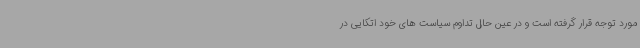
مورد توجه قرار گرفته است و در عین حال تداوم سیاست های خود اتکایی در